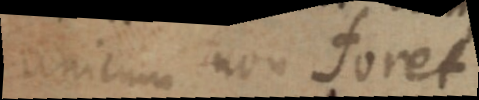
unicum non foret